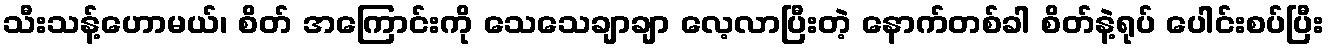
သီးသန့်ဟောမယ်၊ စိတ် အကြောင်းကို သေသေချာချာ လေ့လာပြီးတဲ့ နောက်တစ်ခါ စိတ်နဲ့ရုပ် ပေါင်းစပ်ပြီး